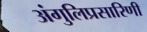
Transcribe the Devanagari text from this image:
अंगुलिप्रसारिणी